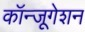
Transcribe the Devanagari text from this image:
कॉन्जूगेशन